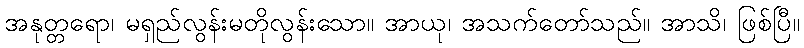
အနုတ္တရော၊ မရှည်လွန်းမတိုလွန်းသော။ အာယု၊ အသက်တော်သည်။ အာသိ၊ ဖြစ်ပြီ။